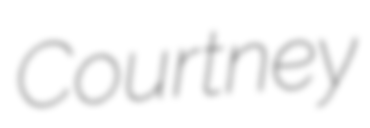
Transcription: Courtney